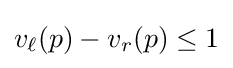
v_{\ell }(p)-v_{r}(p)\leq 1